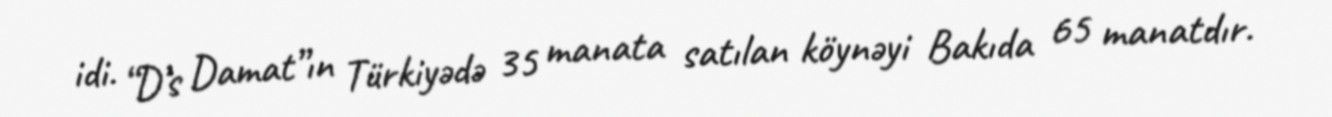
idi. “D’s Damat”ın Türkiyədə 35 manata satılan köynəyi Bakıda 65 manatdır.